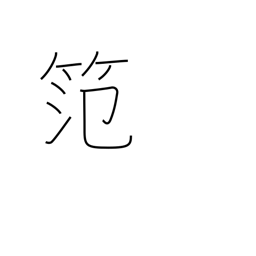
Meaning: bamboo frame